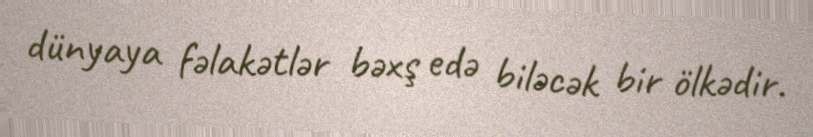
dünyaya fəlakətlər bəxş edə biləcək bir ölkədir.